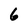
Character: 6